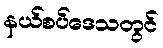
နယ်စပ်ဒေသတွင်